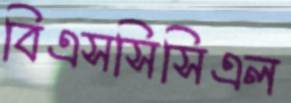
বিএসসিসিএল